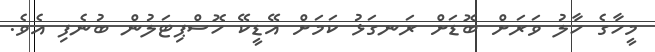
މީހާގެ ހާލު ވަރަށް ބޮޑަށް ރަނގަޅު ކަމަށް އޭޑީކޭ ހޮސްޕިޓަލުން ބުނެފި އެވެ.